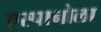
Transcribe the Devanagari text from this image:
एस्पानोला